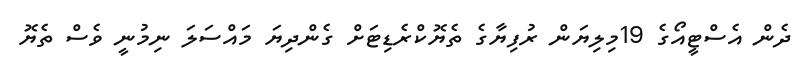
ދެން އެސްޓީއޯގެ 19މިލިޔަން ރުފިޔާގެ ތެޔޮކްރެޑިޓަށް ގެންދިޔަ މައްސަލަ ނިމުނީ ވެސް ތެޔޮ